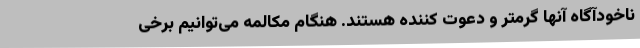
ناخودآگاه آنها گرمتر و دعوت کننده هستند. هنگام مکالمه می‌توانیم برخی